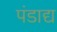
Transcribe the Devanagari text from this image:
पंडाद्य